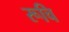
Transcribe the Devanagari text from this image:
रूचि